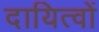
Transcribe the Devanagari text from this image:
दायित्‍वों